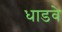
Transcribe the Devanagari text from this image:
धाडवे